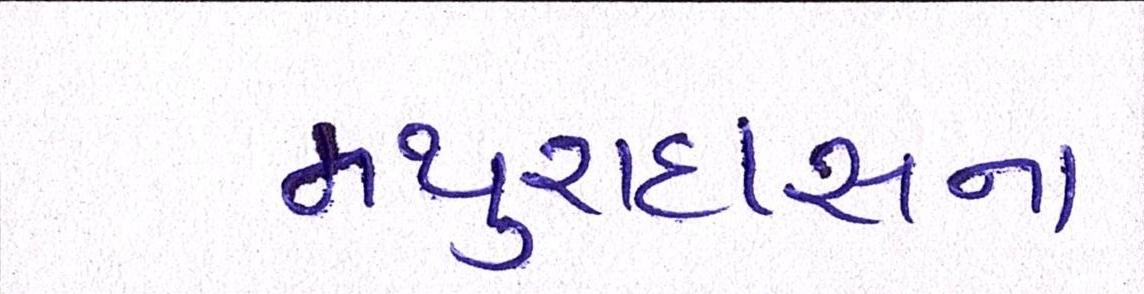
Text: મથુરાદાસના